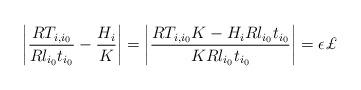
LaTeX: \begin{align*}\left\vert \dfrac{RT_{i,i_{0}}}{Rl_{i_{0}}t_{i_{0}}}-\dfrac{H_{i}}{K}\right\vert =\left\vert \dfrac{RT_{i,i_{0}}K-H_{i}Rl_{i_{0}}t_{i_{0}}}{KRl_{i_{0}}t_{i_{0}}}\right\vert =\epsilon \pounds \end{align*}